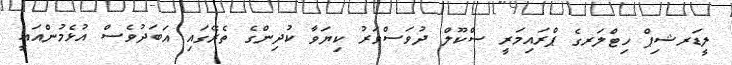
ލީޑަރޝިޕް ހިޓްލަރގެ ޕްރައިމަރީ ސްކޫލް ދުވަސްވަރު ކިޔަވާ ކުދިންގެ ތެރޭގައި އަބަދުވެސް އުޅެމުންއައީ